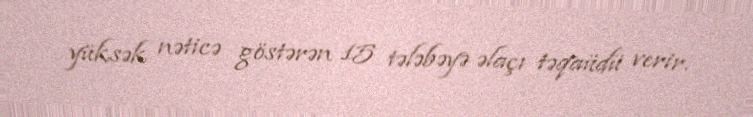
yüksək nəticə göstərən 15 tələbəyə əlaçı təqaüdü verir.